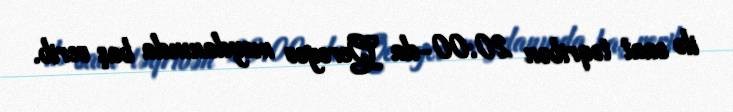
ilə saat təqribən 20:00-da Qeroyev meydanında baş verib.